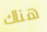
هناك